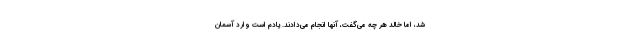
شد، اما خالد هر چه می‌گفت، آنها انجام می‌دادند. یادم است وارد آسمان